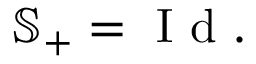
\mathbb { S } _ { + } = \mathrm { ~ I ~ d ~ . ~ }